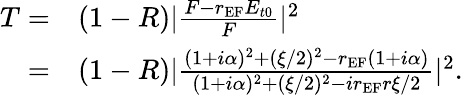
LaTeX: \begin{array}{rl}{T=}&{(1-R)|\frac{F-r_{\textrm{EF}}E_{t0}}{F}|^{2}}\\ {=}&{(1-R)|\frac{(1+i\alpha)^{2}+(\xi/2)^{2}-r_{\textrm{EF}}(1+i\alpha)}{(1+i\alpha)^{2}+(\xi/2)^{2}-ir_{\textrm{EF}}r\xi/2}|^{2}.}\end{array}